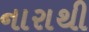
નારાથી